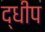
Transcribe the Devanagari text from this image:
द्धीप